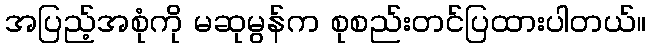
အပြည့်အစုံကို မဆုမွန်က စုစည်းတင်ပြထားပါတယ်။